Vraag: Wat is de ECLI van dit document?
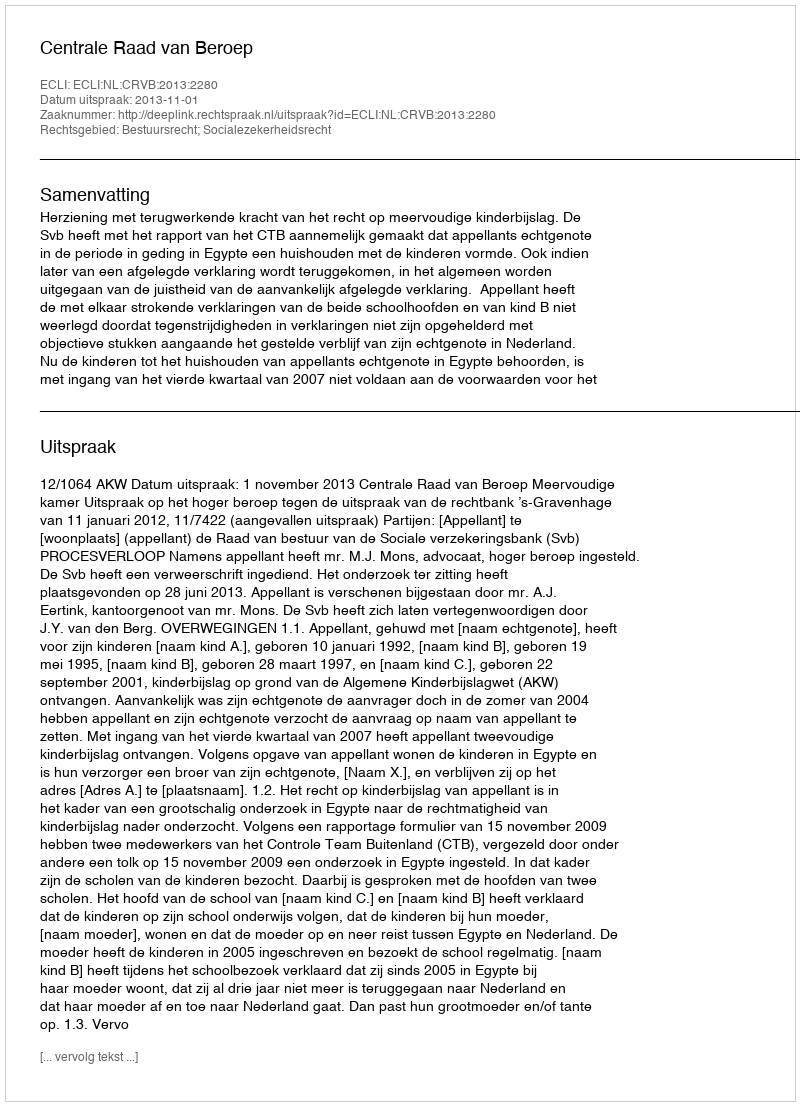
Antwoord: ECLI:NL:CRVB:2013:2280